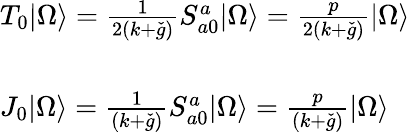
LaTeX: \begin{array}{l}{{T_{0}|\Omega\rangle=\frac{1}{2(k+\check{g})}S_{a0}^{a}|\Omega\rangle=\frac{p}{2(k+\check{g})}|\Omega\rangle}}\\ {{\ }}\\ {{J_{0}|\Omega\rangle=\frac{1}{(k+\check{g})}S_{a0}^{a}|\Omega\rangle=\frac{p}{(k+\check{g})}|\Omega\rangle}}\end{array}